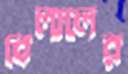
বেলালের